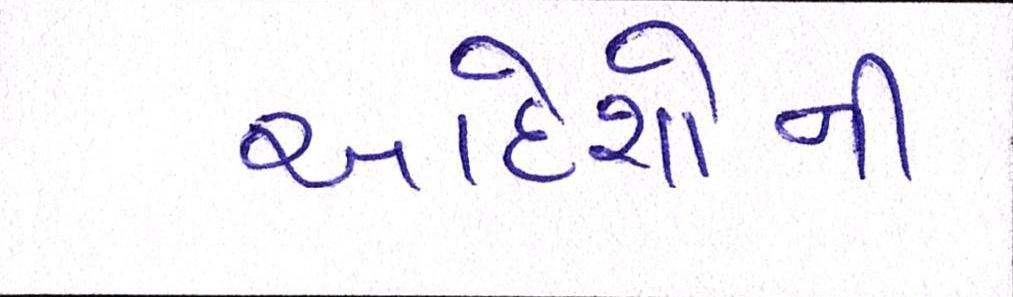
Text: આદેશોની